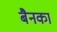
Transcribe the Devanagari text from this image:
बैनका